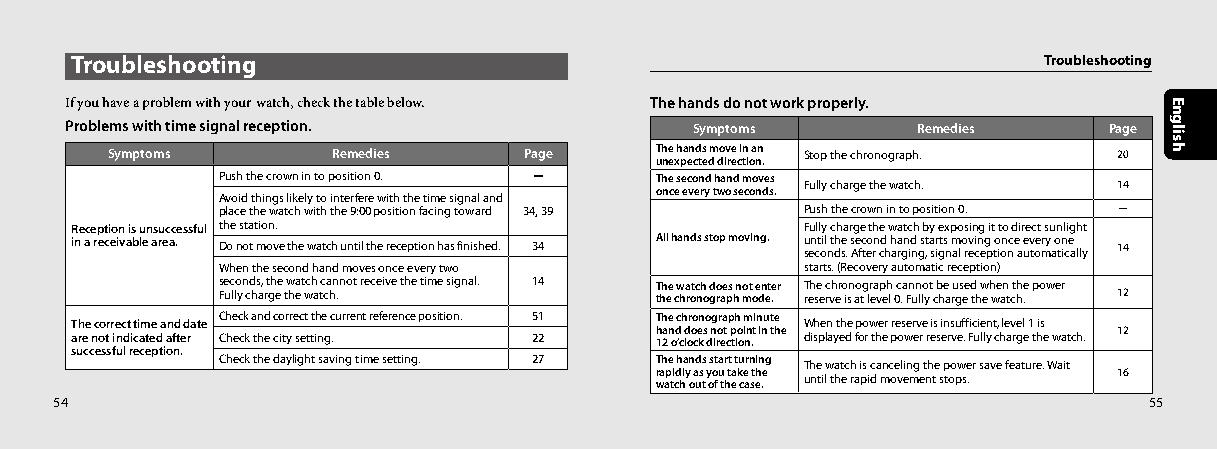
Troubleshooting                                                 Troubleshooting
 If you have a problem with your watch, check the table below. The hands do not work properly.
 Problems with time signal reception.      Symptoms       Remedies    Page
 Symptoms       Remedies     Page    The hands move in an Stop the chronograph. 20
 unexpected direction.
 Push the crown in to position 0. － The second hand moves Fully charge the watch. 14
 once every two seconds.
 Avoid things likely to interfere with the time signal and
 place the watch with the 9:00 position facing toward 34, 39 Push the crown in to position 0. －
 Reception is unsuccessful the station.          Fully charge the watch by exposing it to direct sunlight
 in a receivable area. Do not move the watch until the reception has finished. 34 All hands stop moving. u sen ct oil n t dhe s. s Ae fc teo rn cd h h aa rgn id n gst , a sr igts n m al o rev cin eg p to ion nce a e uv toe mry a o tn ice a lly 14
 When the second hand moves once every two starts. (Recovery automatic reception)
 s Fe uc llo yn cd hs a, rt gh ee tw heat wch a tc ca hn . not receive the time signal. 14 T thh ee cw ha rotc nh o d go rae ps hn o mt o e dn et .e r T reh se e rc vh er o isn ao tg lr ea vp eh l 0c .a Fn un llo yt cb he a u rgs ee d th w eh we an t cth he . power 12
 The correct time and date Check and correct the current reference position. 51 T hh ane dc h dr oo en so ng ora t p ph o im nti n inu t te h e When the power reserve is insufficient, level 1 is 12
 are not indicated after Check the city setting. 22 12 o’clock direction. displayed for the power reserve. Fully charge the watch.
 successful reception.
 Check the daylight saving time setting. 27 The hands start turning The watch is canceling the power save feature. Wait
 rapidly as you take the        16
 watch out of the case. until the rapid movement stops.
 54                                                                      55
 English